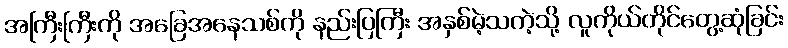
အကြီးကြီးကို အခြေအနေသစ်ကို နည်းပြကြီး အနှစ်မဲ့သကဲ့သို့ လူကိုယ်တိုင်တွေ့ဆုံခြင်း